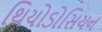
થિયોડોસિયન